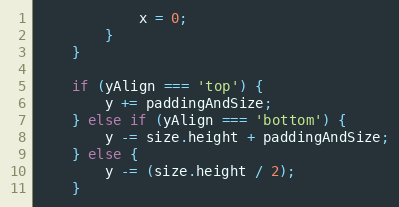
Language: JavaScript
			x = 0;
		}
	}

	if (yAlign === 'top') {
		y += paddingAndSize;
	} else if (yAlign === 'bottom') {
		y -= size.height + paddingAndSize;
	} else {
		y -= (size.height / 2);
	}